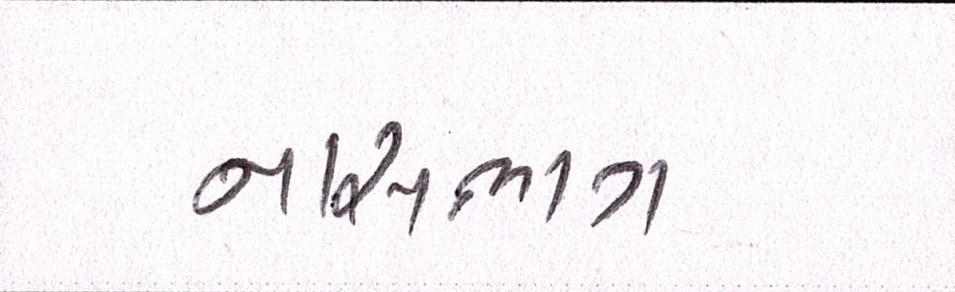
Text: નાસભાગ